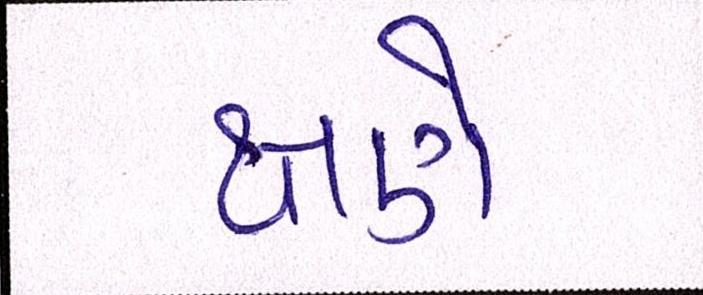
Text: ક્ષણે